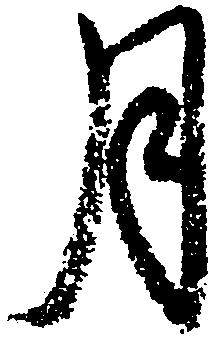
月